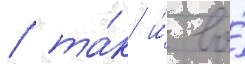
/ та́к и́ во́